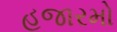
હજારમો